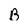
Character: B